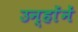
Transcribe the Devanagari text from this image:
उन्हाेंनें